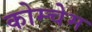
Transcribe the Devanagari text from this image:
कोम्चेम